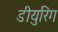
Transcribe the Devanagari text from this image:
डीयुरिंग